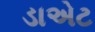
ડાએટ